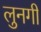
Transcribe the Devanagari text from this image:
लुनगी